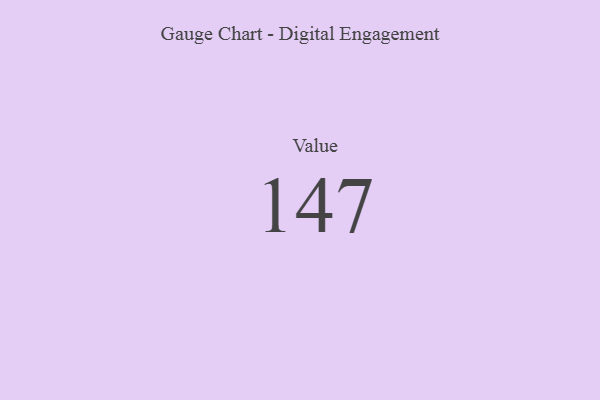
{"axis": {"x": "Metric", "y": "Value"}, "legend": [""], "data": [{"x": "Value", "y": 147, "type": ""}]}